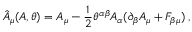
\hat { A } _ { \mu } ( A , \theta ) = A _ { \mu } - \frac { 1 } { 2 } \theta ^ { \alpha \beta } A _ { \alpha } ( \partial _ { \beta } A _ { \mu } + F _ { \beta \mu } ) \; ,